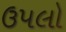
ઉપલો